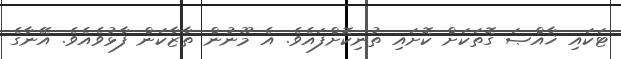
ޓަކައި ޚާއްޞަ ގޮތަކަށް ކޮށައި ތުނިކޮށްފައެވެ. އެ މޫނުން ތާޒާކަން ފާޅުވެއެވެ. އޭނާގެ